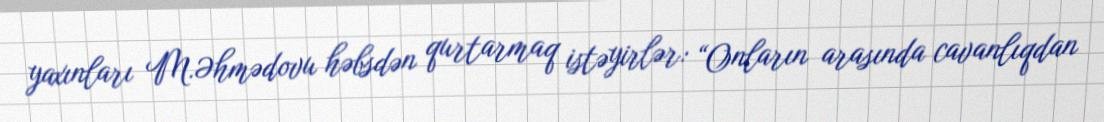
yaxınları M.Əhmədovu həbsdən qurtarmaq istəyirlər: “Onların arasında cavanlıqdan